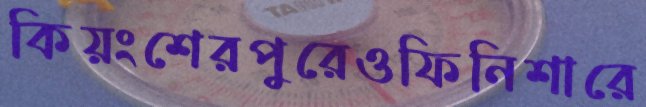
কিয়ংশেরপুরেওফিনিশারে